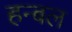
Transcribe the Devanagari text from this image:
हन्बल